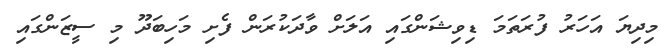
މިދިޔަ އަހަރު ފުރަތަމަ ޑިވިޝަންގައި އަލަށް ވާދަކުރަން ފެށި މަހިބަދޫ މި ސީޒަންގައި